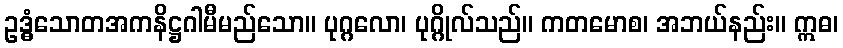
ဥဒ္ဓံသောတအကနိဋ္ဌဂါမီမည်သော။ ပုဂ္ဂလော၊ ပုဂ္ဂိုလ်သည်။ ကတမောစ၊ အဘယ်နည်း။ ဣဓ၊